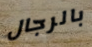
بالرجال